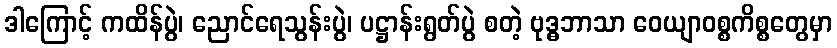
ဒါကြောင့် ကထိန်ပွဲ၊ ညောင်ရေသွန်းပွဲ၊ ပဋ္ဌာန်းရွတ်ပွဲ စတဲ့ ဗုဒ္ဓဘာသာ ဝေယျာဝစ္စကိစ္စတွေမှာ